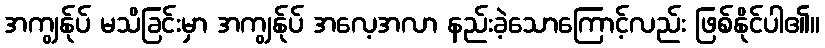
အကျွန်ုပ် မသိခြင်းမှာ အကျွန်ုပ် အလေ့အလာ နည်းခဲ့သောကြောင့်လည်း ဖြစ်နိုင်ပါ၏။